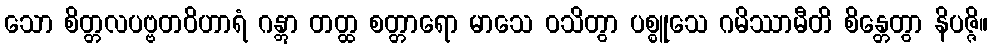
သော စိတ္တလပဗ္ဗတဝိဟာရံ ဂန္တွာ တတ္ထ စတ္တာရော မာသေ ဝသိတွာ ပစ္စူသေ ဂမိဿာမီတိ စိန္တေတွာ နိပဇ္ဇိ။